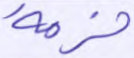
حزمة